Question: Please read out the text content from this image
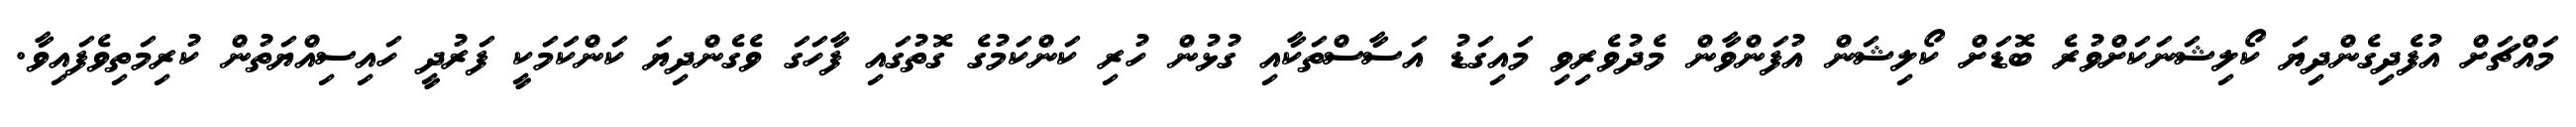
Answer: މައްޗަށް އުފެދިގެންދިޔަ ކޯލިޝަނަކަށްވުރެ ބޮޑަށް ކޯލިޝަން އުފަންވާން މެދުވެރިވި މައިގަޑު އަސާސްތަކާއި ގުޅުން ހުރި ކަންކަމުގެ ގޮތުގައި ފާހަގަ ވެގެންދިޔަ ކަންކަމަކީ ފަރުދީ ހައިސިއްޔަތުން ކުރިމަތިވެފައިވާ.